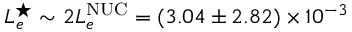
L _ { e } ^ { \star } \sim 2 L _ { e } ^ { \mathrm { N U C } } = ( 3 . 0 4 \pm 2 . 8 2 ) \times 1 0 ^ { - 3 }